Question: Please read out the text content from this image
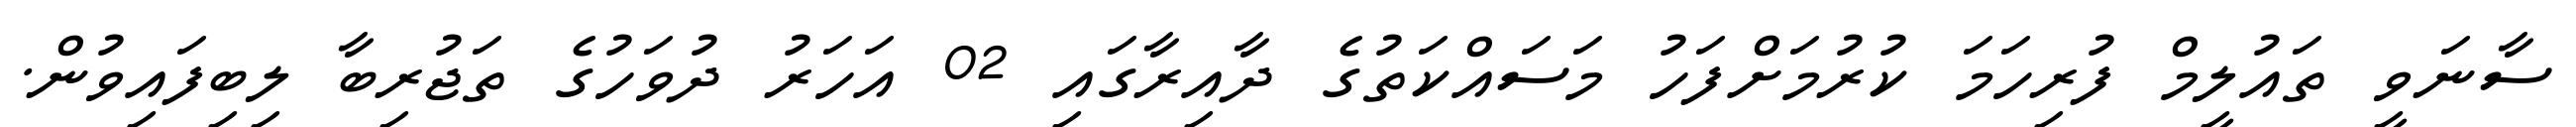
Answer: ސާނަވީ ތައުލީމް ފުރިހަމަ ކުރުމަށްފަހު މަސައްކަތުގެ ދާއިރާގައި 02 އަހަރު ދުވަހުގެ ތަޖުރިބާ ލިބިފައިވުން.